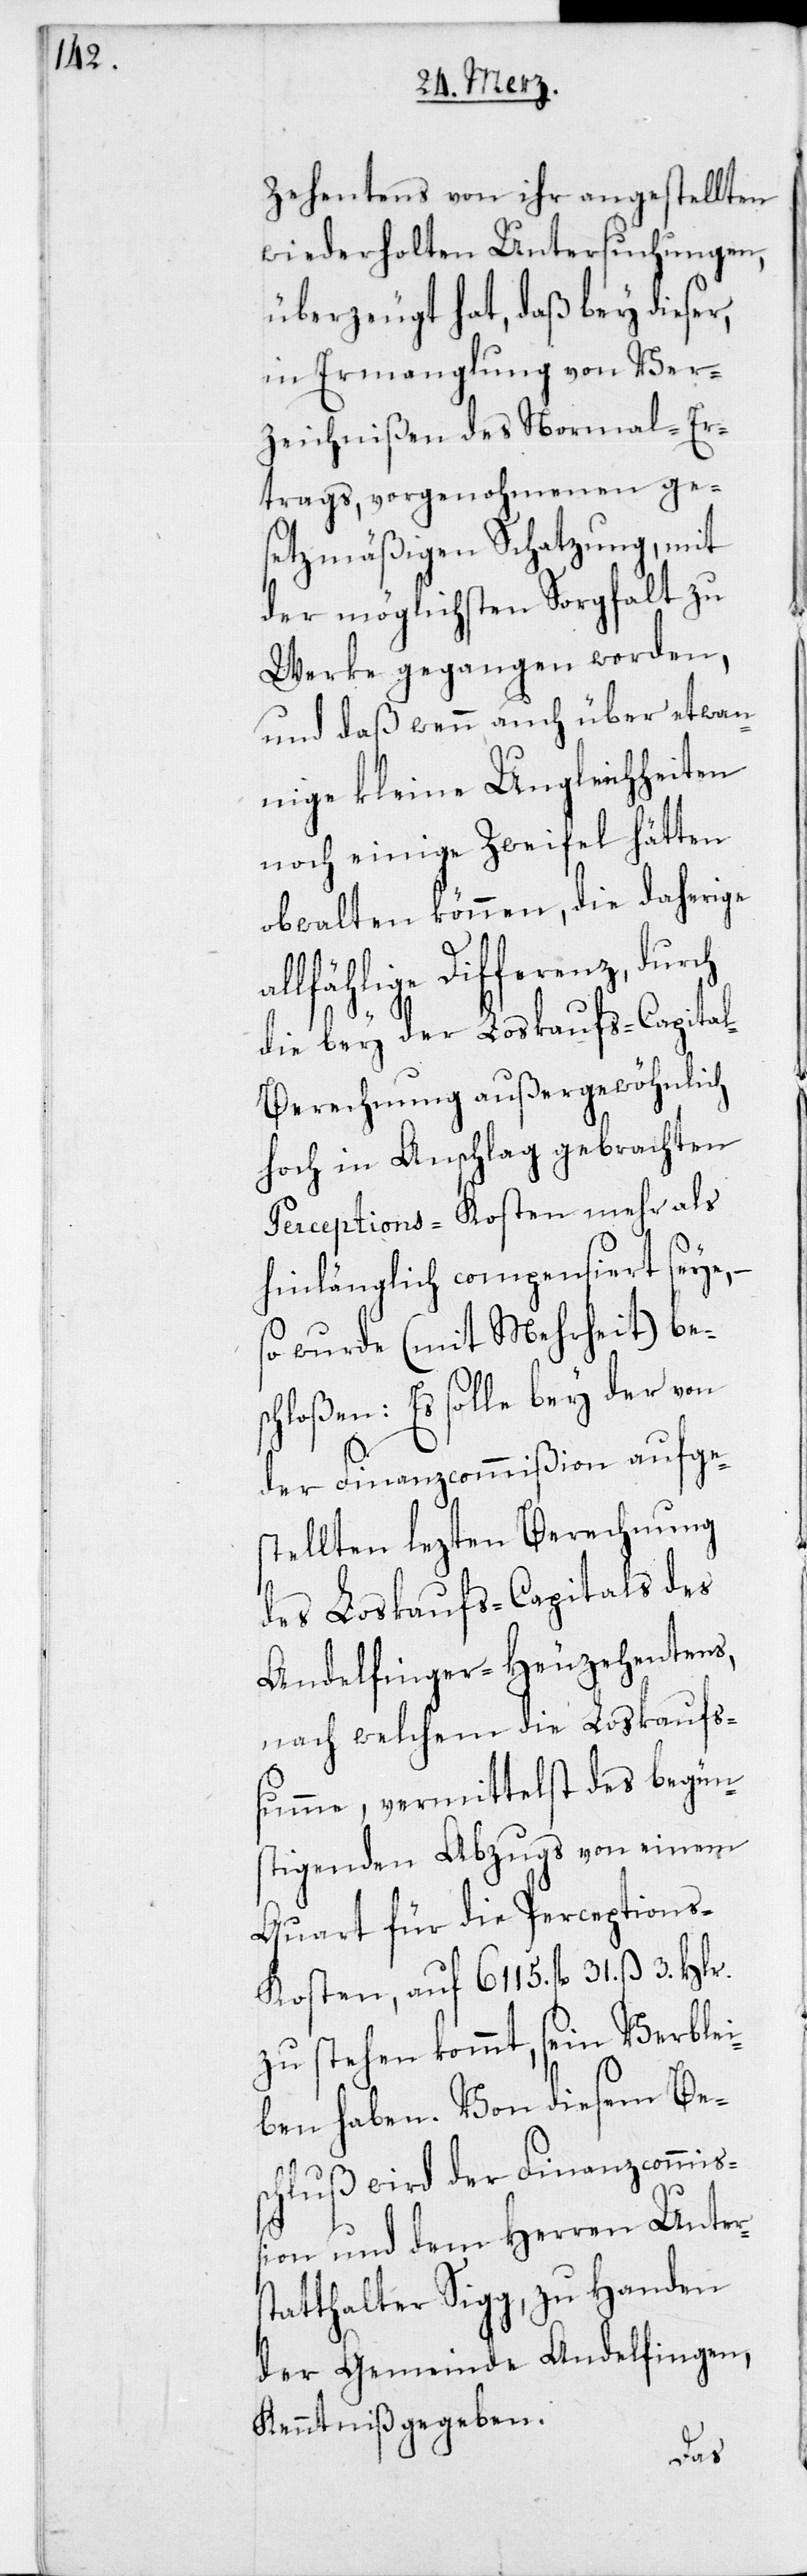
Zehentens von ihr angestellten
wiederholten Untersuchungen,
überzeugt hat, daß bey dieser,
in Ermanglung von Ver¬
zeichnißen des Normal-Er¬
trags, vorgenohmenen ge¬
setzmäßigen Schatzung, mit
der möglichsten Sorgfalt zu
Werke gegangen worden,
und daß wenn auch über etwan¬
nige kleine Ungleichheiten
noch einige Zweifel hätten
obwalten können, die daherige
allfählige Differenz, durch
die bey der Loskaufs-Capita¬
l-Berechnung außergewöhnlich
hoch in Anschlag gebrachten
Perceptions-Kosten mehr als
hinlänglich compensiert seye,
so wurde (mit Mehrheit) be¬
schloßen: Es solle bey der von
der Finanzcommißion aufge¬
stellten lezten Berechnung
des Loskaufs-Capitals des
Andelfinger-Heuzehentens,
nach welchem die Loskauf¬
ßumme, vermittelst des begüns¬
tigenden Abzugs von einem
Quart für die Perceptions-K¬
osten, auf 6115. fl. 31. ß 3.
zu stehen kommt, sein Verblei¬
ben haben. Von diesem Bes¬
chluß wird der Finanzcommiß¬
ion und dem Herren Unters¬
tatthalter Sigg, zu Handen
der Gemeinde Andelfingen,
Kenntniß gegeben.